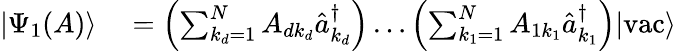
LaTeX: \begin{array}{rl}{|\Psi_{1}(A)\rangle}&{{}=\left(\sum_{k_{d}=1}^{N}A_{dk_{d}}\hat{a}_{k_{d}}^{\dagger}\right)\ldots\left(\sum_{k_{1}=1}^{N}A_{1k_{1}}\hat{a}_{k_{1}}^{\dagger}\right)|\textrm{vac}\rangle}\end{array}